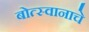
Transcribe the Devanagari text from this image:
बोत्स्वानाचे